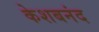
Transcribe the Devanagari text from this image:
केशबनंद